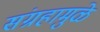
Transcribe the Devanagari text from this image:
संग्रहामुळे